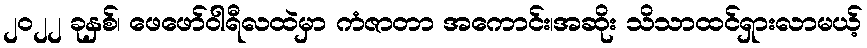
၂၀၂၂ ခုနှစ်၊ ဖေဖော်ဝါရီလထဲမှာ ကံဇာတာ အကောင်း၊အဆိုး သိသာထင်ရှားလာမယ့်